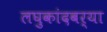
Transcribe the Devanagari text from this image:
लघुकांदबर्‍या